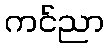
ကင်ညာ